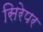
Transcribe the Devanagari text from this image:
सिरेपर